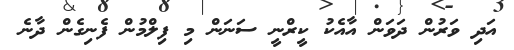
އަދި ވަރުން ދަވަން އާއެކު ކީރްނީ ސަނަން މި ފިލްމުން ފެނިގެން ދާނެ